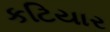
કટિયાર